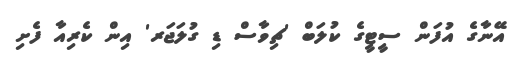
އޭނާގެ އުފަން ސީޓީގެ ކުލަބް 'ޗިވާސް ޑި ގުލަޖަރ' އިން ކެރިއާ ފެށި